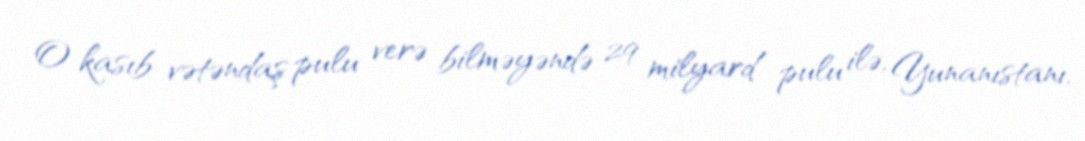
O kasıb vətəndaş pulu verə bilməyəndə 29 milyard pulu ilə, Yunanıstanı,